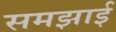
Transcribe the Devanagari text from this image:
समझाईं